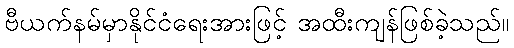
ဗီယက်နမ်မှာနိုင်ငံရေးအားဖြင့် အထီးကျန်ဖြစ်ခဲ့သည်။